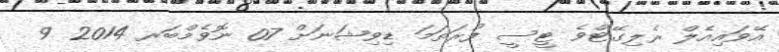
އޭވައިއެލް ރެލިގޭޓްވެ ޓީސީ ފުރަތަމަ ޑިވިޝަނަށް 07 ނޮވެމްބަރ 2014 9